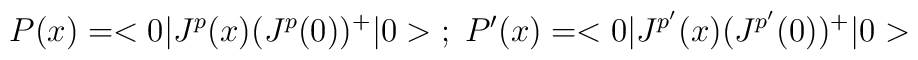
P(x) = <0|J^p(x)(J^p(0))^+|0> \; ; \; P'(x) = <0|J^{p'}(x)(J^{p'}(0))^+|0>